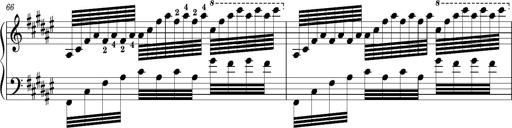
Title: Schlummerlied mit Arabesken
Composer: Franz Liszt
Key: F-sharp major